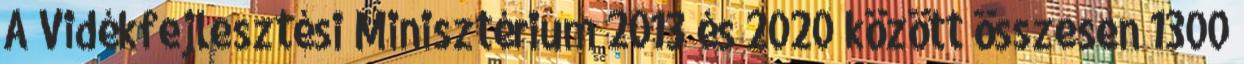
A Vidékfejlesztési Minisztérium 2013 és 2020 között összesen 1300